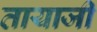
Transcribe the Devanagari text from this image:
तायाजी